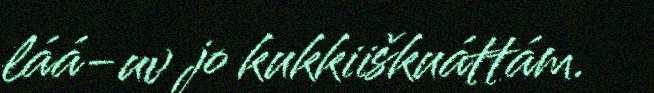
láá-uv jo kukkiiškuáttám.